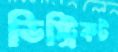
ডিস্ট্রিকট